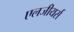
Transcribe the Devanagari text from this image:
एलजीयर्स